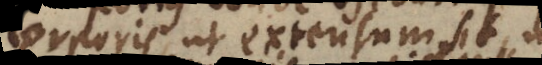
corporis, ut extensum sit,